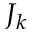
J _ { k }